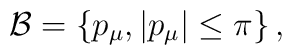
\mathcal{B}=\left\{ p_{\mu },\left| p_{\mu } \right|\le\pi \right\} ,